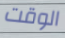
الوقت